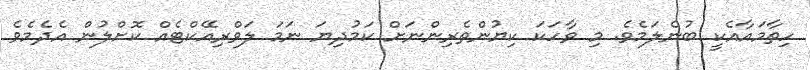
ހިތާމައާއެކީ ބުނެލަމެވެ. މި ވާހަކަ ކިޔުންތެރިންނަށް ކަމުދިޔަ ނަމަ ލަވްރިއޭކްޓެއް ކޮށްލުން އެދެމެެވެ